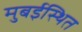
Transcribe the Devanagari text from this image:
मुबईस्थित